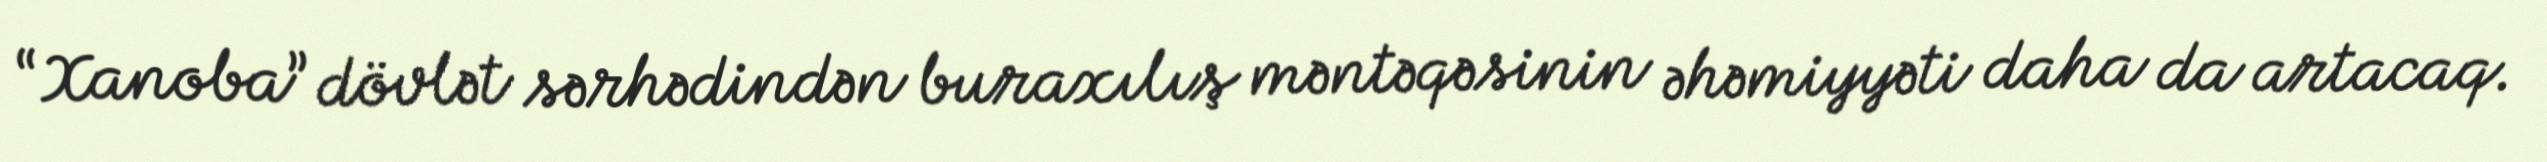
“Xanoba” dövlət sərhədindən buraxılış məntəqəsinin əhəmiyyəti daha da artacaq.